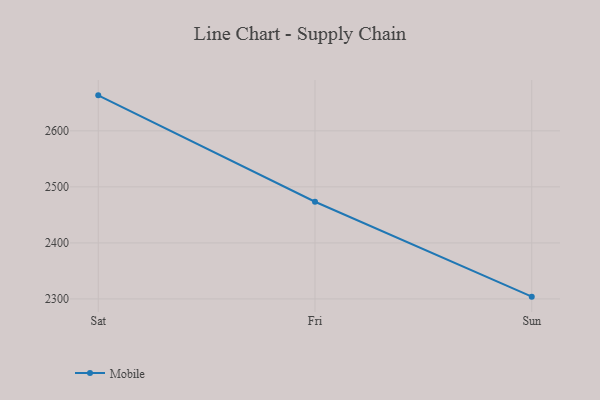
{"axis": {"x": "Day", "y": "Waste Production (Tons)"}, "legend": ["Mobile"], "data": [{"x": "Sat", "y": 2663.3, "type": "Mobile"}, {"x": "Fri", "y": 2473.5, "type": "Mobile"}, {"x": "Sun", "y": 2304.1, "type": "Mobile"}]}